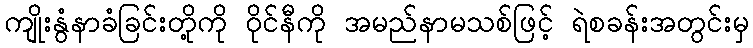
ကျိုးနွံနာခံခြင်းတို့ကို ဝိုင်နီကို အမည်နာမသစ်ဖြင့် ရဲစခန်းအတွင်းမှ